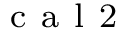
_ { \mathrm { ~ c ~ a ~ l ~ 2 ~ } }